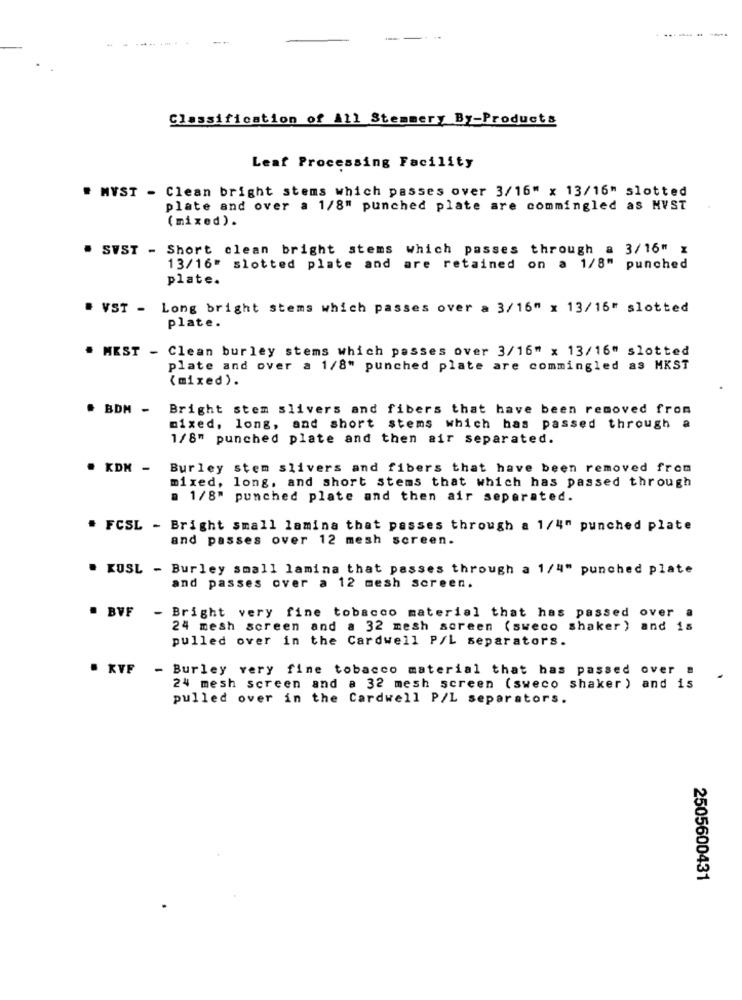
----.
--------
Classification of All Stemmery By-Products
Leaf Processing Facility
" MWST - Clean bright stems which passes over 3/16" x 13/16" slotted
plate and over a 1/8" punched plate are commingled as MVST
(mixed).
. SVST - Short clean bright stems which passes through a 3/16" x
13/16" slotted plate and
are retained on a 1/8"
punched
plate.
. VST - Long bright stems which passes over a 3/16" x 13/16" slotted
plate.
. MEST - Clean burley stems which passes over 3/16" x 13/16" slotted
plate and over a 1/8" punched plate are commingled as MKST
( mixed ).
# BDM - Bright stem slivers and fibers that have been removed from
mixed, long, and short stems which has passed through a
1/8" punched plate and then air separated.
. KDM -
Burley stem slivers and fibers that have been removed from
mixed, long, and short stems that which has passed through
. 1/8" punched plate and then air separated.
# FCSL - Bright small lamina that passes through a 1/4" punched plate
and passes over 12 mesh screen.
. KUSL - Burley small lamina that passes through a 1/4" punched plate
and passes over a 12 mesh screen.
- Bright very fine tobacco material that has passed over a
. BVF
24 mesh screen and a 32 mesh screen (sweco shaker ) and is
pulled over in the Cardwell P/L separators.
. KVF - Burley very fine tobacco material that has passed over a
24 mesh screen and a 32 mesh screen (sweco shaker ) and is
pulled over in the Cardwell P/L separators.
2505600431